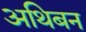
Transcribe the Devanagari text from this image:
अथिबन